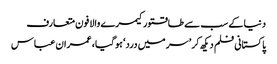
دنیا کے سب سے طاقتورکیمرے والا فون متعارف
پاکستانی فلم دیکھ کر ’سر میں درد‘ ہوگیا، عمران عباس